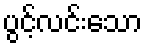
ပွင့်လင်းသော